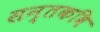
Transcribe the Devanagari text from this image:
सन्तकवि